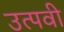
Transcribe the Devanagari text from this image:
उत्पवी